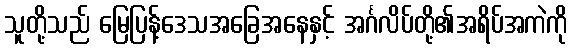
သူတို့သည် မြေပြန့်ဒေသအခြေအနေနှင့် အင်္ဂလိပ်တို့၏အရိပ်အကဲကို